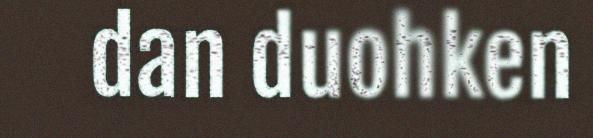
dan duohken